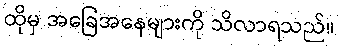
ထိုမှ အခြေအနေများကို သိလာရသည်။